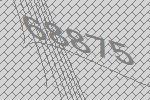
68875